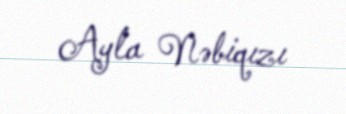
Ayla Nəbiqızı